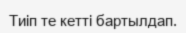
Тиіп те кетті бартылдап.